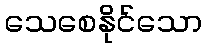
သေစေနိုင်သော